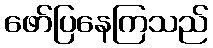
ဖော်ပြနေကြသည်